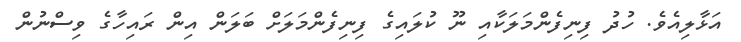
އަޅާލިއެވެ. ހުދު ފިނިފެންމަލަކާއި ނޫ ކުލައިގެ ފިނިފެންމަލަށް ބަލަން އިން ރައިހާގެ ވިސްނުން